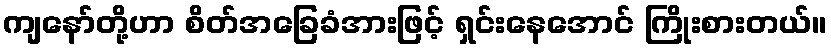
ကျနော်တို့ဟာ စိတ်အခြေခံအားဖြင့် ရှင်းနေအောင် ကြိုးစားတယ်။